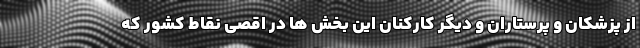
از پزشکان و پرستاران و دیگر کارکنان این بخش ها در اقصی نقاط کشور که